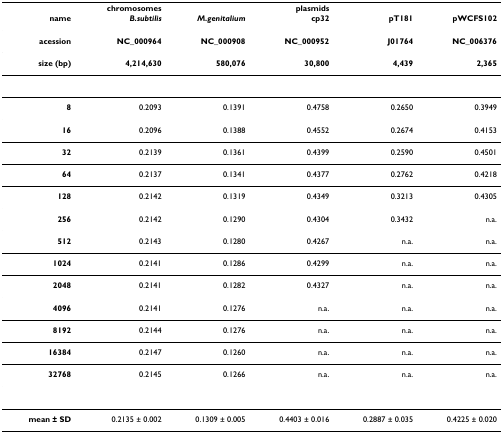
<table><thead><tr><td></td><td><b>chromosomes</b></td><td></td><td><b>plasmids</b></td><td></td><td></td></tr><tr><td><b>name</b></td><td><b><i>B.subtilis</i></b></td><td><b><i>M.genitalium</i></b></td><td><b>cp32</b></td><td><b>pT181</b></td><td><b>pWCFS102</b></td></tr></thead><tbody><tr><td><b>acession</b></td><td><b>NC_000964</b></td><td><b>NC_000908</b></td><td><b>NC_000952</b></td><td><b>J01764</b></td><td><b>NC_006376</b></td></tr><tr><td><b>size (bp)</b></td><td><b>4,214,630</b></td><td><b>580,076</b></td><td><b>30,800</b></td><td><b>4,439</b></td><td><b>2,365</b></td></tr><tr><td><b>8</b></td><td>0.2093</td><td>0.1391</td><td>0.4758</td><td>0.2650</td><td>0.3949</td></tr><tr><td><b>16</b></td><td>0.2096</td><td>0.1388</td><td>0.4552</td><td>0.2674</td><td>0.4153</td></tr><tr><td><b>32</b></td><td>0.2139</td><td>0.1361</td><td>0.4399</td><td>0.2590</td><td>0.4501</td></tr><tr><td><b>64</b></td><td>0.2137</td><td>0.1341</td><td>0.4377</td><td>0.2762</td><td>0.4218</td></tr><tr><td><b>128</b></td><td>0.2142</td><td>0.1319</td><td>0.4349</td><td>0.3213</td><td>0.4305</td></tr><tr><td><b>256</b></td><td>0.2142</td><td>0.1290</td><td>0.4304</td><td>0.3432</td><td>n.a.</td></tr><tr><td><b>512</b></td><td>0.2143</td><td>0.1280</td><td>0.4267</td><td>n.a.</td><td>n.a.</td></tr><tr><td><b>1024</b></td><td>0.2141</td><td>0.1286</td><td>0.4299</td><td>n.a.</td><td>n.a.</td></tr><tr><td><b>2048</b></td><td>0.2141</td><td>0.1282</td><td>0.4327</td><td>n.a.</td><td>n.a.</td></tr><tr><td><b>4096</b></td><td>0.2141</td><td>0.1276</td><td>n.a.</td><td>n.a.</td><td>n.a.</td></tr><tr><td><b>8192</b></td><td>0.2144</td><td>0.1276</td><td>n.a.</td><td>n.a.</td><td>n.a.</td></tr><tr><td><b>16384</b></td><td>0.2147</td><td>0.1260</td><td>n.a.</td><td>n.a.</td><td>n.a.</td></tr><tr><td><b>32768</b></td><td>0.2145</td><td>0.1266</td><td>n.a.</td><td>n.a.</td><td>n.a.</td></tr><tr><td><b>mean ± SD</b></td><td>0.2135 ± 0.002</td><td>0.1309 ± 0.005</td><td>0.4403 ± 0.016</td><td>0.2887 ± 0.035</td><td>0.4225 ± 0.020</td></tr></tbody></table>